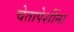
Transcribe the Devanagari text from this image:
चेतापेशींना